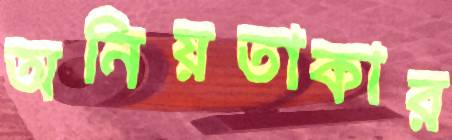
অনিয়তাকার